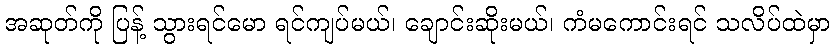
အဆုတ်ကို ပြန့် သွားရင်မော ရင်ကျပ်မယ်၊ ချောင်းဆိုးမယ်၊ ကံမကောင်းရင် သလိပ်ထဲမှာ